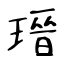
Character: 瑨